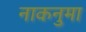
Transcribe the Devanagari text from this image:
नाकनुमा